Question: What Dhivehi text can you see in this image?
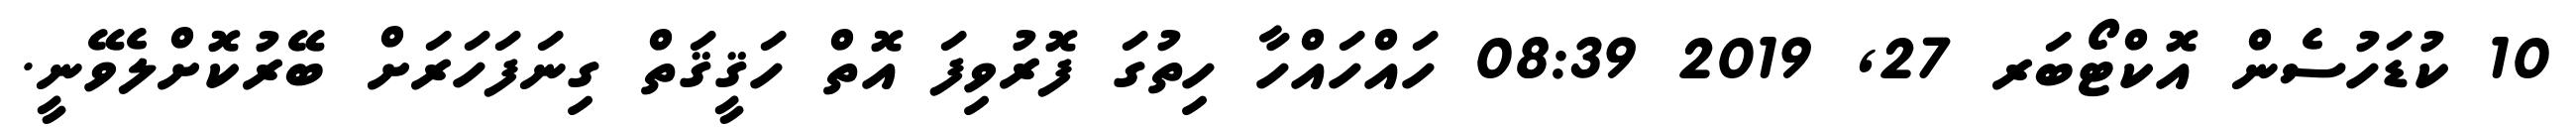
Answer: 10 ކުޑަހުސެން އޮކްޓޯބަރ 27, 2019 08:39 ހައްހައްހާ ހިތުގަ ފޮރުވިފަ އޮތް ހަޤީޤަތް ގިނަފަހަރަށް ބޭރުކޮށްލެވޭނީ.